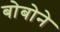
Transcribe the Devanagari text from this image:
बोबोने